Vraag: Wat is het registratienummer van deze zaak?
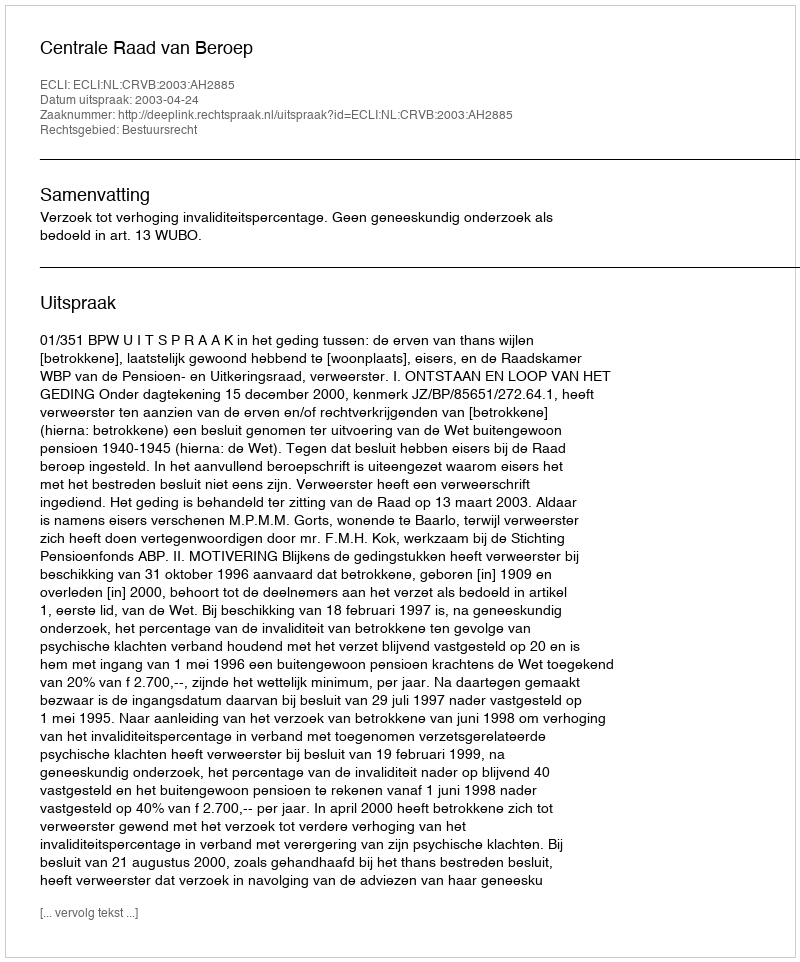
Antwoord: http://deeplink.rechtspraak.nl/uitspraak?id=ECLI:NL:CRVB:2003:AH2885